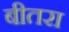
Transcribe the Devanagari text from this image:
बीतरा